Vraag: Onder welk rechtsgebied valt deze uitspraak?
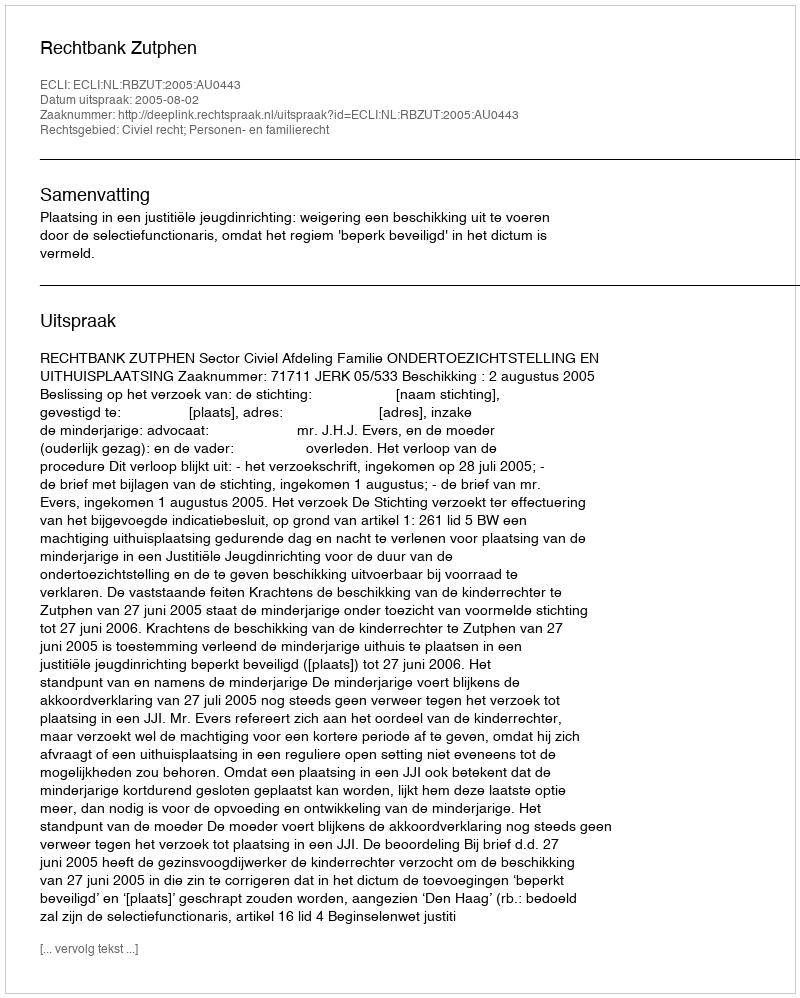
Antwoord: Civiel recht; Personen- en familierecht